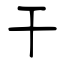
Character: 干